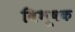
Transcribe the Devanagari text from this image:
विभूषक